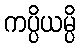
ကပ္ပိယမ္ပိ